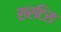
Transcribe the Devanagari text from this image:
सरटिस